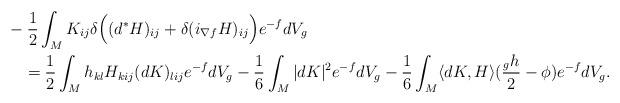
LaTeX: \begin{align*} &\kern-1em -\frac{1}{2}\int_M K_{ij}\delta \Big((d^* H)_{ij}+\delta(i_{\nabla f} H)_{ij}\Big) e^{-f}dV_g \\&=\frac{1}{2}\int_M h_{kl}H_{kij}(dK)_{lij}e^{-f}dV_g-\frac{1}{6}\int_M |dK|^2 e^{-f}dV_g-\frac{1}{6} \int_M \langle dK,H \rangle(\frac{_gh}{2}-\phi)e^{-f}dV_g.\end{align*}